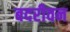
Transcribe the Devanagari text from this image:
बदरीवन